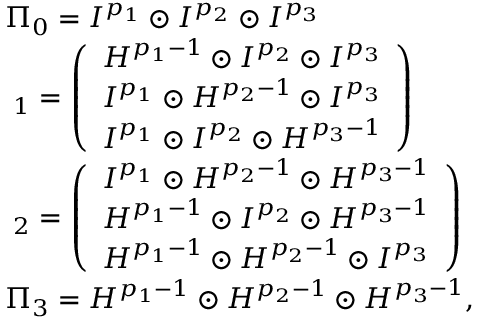
\begin{array} { r l } & { \Pi _ { 0 } = I ^ { p _ { 1 } } \odot I ^ { p _ { 2 } } \odot I ^ { p _ { 3 } } } \\ & { { \mathbf \Pi } _ { 1 } = \left( \begin{array} { l } { H ^ { p _ { 1 } - 1 } \odot I ^ { p _ { 2 } } \odot I ^ { p _ { 3 } } } \\ { I ^ { p _ { 1 } } \odot H ^ { p _ { 2 } - 1 } \odot I ^ { p _ { 3 } } } \\ { I ^ { p _ { 1 } } \odot I ^ { p _ { 2 } } \odot H ^ { p _ { 3 } - 1 } } \end{array} \right) } \\ & { { \mathbf \Pi } _ { 2 } = \left( \begin{array} { l } { I ^ { p _ { 1 } } \odot H ^ { p _ { 2 } - 1 } \odot H ^ { p _ { 3 } - 1 } } \\ { H ^ { p _ { 1 } - 1 } \odot I ^ { p _ { 2 } } \odot H ^ { p _ { 3 } - 1 } } \\ { H ^ { p _ { 1 } - 1 } \odot H ^ { p _ { 2 } - 1 } \odot I ^ { p _ { 3 } } } \end{array} \right) } \\ & { \Pi _ { 3 } = H ^ { p _ { 1 } - 1 } \odot H ^ { p _ { 2 } - 1 } \odot H ^ { p _ { 3 } - 1 } , } \end{array}